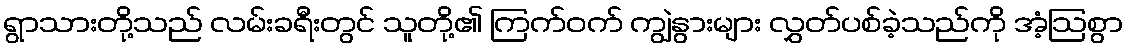
ရွာသားတို့သည် လမ်းခရီးတွင် သူတို့၏ ကြက်ဝက် ကျွဲနွားများ လွှတ်ပစ်ခဲ့သည်ကို အံ့ဩစွာ